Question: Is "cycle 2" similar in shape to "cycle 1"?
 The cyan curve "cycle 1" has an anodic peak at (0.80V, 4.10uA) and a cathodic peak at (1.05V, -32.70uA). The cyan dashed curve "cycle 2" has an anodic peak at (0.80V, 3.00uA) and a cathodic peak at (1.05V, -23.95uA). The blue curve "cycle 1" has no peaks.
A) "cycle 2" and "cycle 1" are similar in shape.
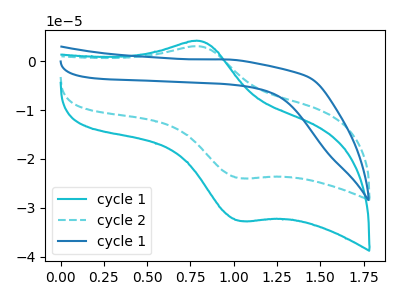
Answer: <think>All the peaks in "cycle 2" have a peak in "cycle 1" at the same potential. Every peak in "cycle 2" is lower than every peak in "cycle 1".
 </think>
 <answer>A) "cycle 2" and "cycle 1" are similar in shape.</answer>
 <eval>A</eval>